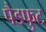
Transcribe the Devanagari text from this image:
पैडफुट